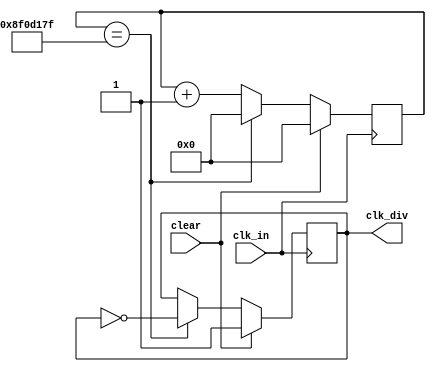
`timescale 1ns / 1ps
//////////////////////////////////////////////////////////////////////////////////
// Company: 
// Engineer: 
// 
// Design Name: 
// Module Name: clk_div
// Project Name: 
// Target Devices: 
// Tool Versions: 
// Description: 
// 
// Dependencies: 
// 
// Revision:
// Revision 0.01 - File Created
// Additional Comments:
// 
//////////////////////////////////////////////////////////////////////////////////



/*module clk_div
#(parameter COUNT_DIV=100000)
(input reset,
input clk_in,
output clk_div
    );
    wire [22:0] count_next;
    reg [22:0] count_reg=0;
    always @(posedge clk_in)
    if (reset==1'b1)
    count_reg<=0;
    else
    count_reg<=count_next;*/
/*always @ (*)
begin
count_next=count_reg;
if(count_reg==COUNT_DIV-1)
count_next=0;
else
count_next=count_reg+1;
end*/
/*assign count_next=count_reg+1'b1;
assign clk_div=count_reg[COUNT_DIV];
endmodule*/


module clk_div
#(parameter COUNT_DIV=150000000)
(input clear,
input clk_in,
output reg clk_div
    );
    reg [40:0] count_next=0;
    reg [40:0] count_reg=0;
    reg clk_div_next;
    always @(posedge clk_in)
    if (clear==1'b1)
    count_reg<=0;
    else
    count_reg<=count_next;
    always @ (*)
        begin
            count_next=count_reg;
            if(count_reg==COUNT_DIV-1)
            count_next=0;
            else
            count_next=count_reg+1;
        end
    always @(posedge clk_in)
        if (clear==1'b1)
        clk_div<=1;
        else
        clk_div<=clk_div_next;
    always @(*) 
    begin
        clk_div_next=clk_div;
            if(count_reg==COUNT_DIV-1)
            clk_div_next=~clk_div;
    end
    
endmodule